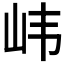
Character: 𫵶